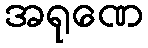
အရုဏေ